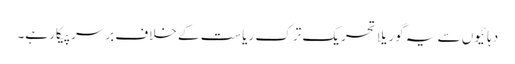
دہائیوں سے یہ گوریلا تحریک ترک ریاست کے خلاف برسرپیکار ہے۔